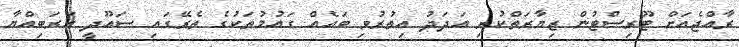
ރާއްޖެއަށް ޓޫރިސްޓުން ޒިޔާރަތްކުރި އަދަދު އިތުރުވި ބައެއް ގައުމުތަކުގެ ތެރޭގައި ސައޫދީ އަރަބިއްޔާ